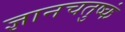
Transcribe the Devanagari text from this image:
ज्ञानचतुष्कं